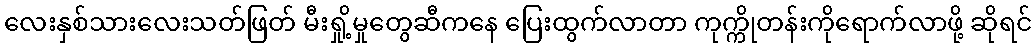
လေးနှစ်သားလေးသတ်ဖြတ် မီးရှို့မှုတွေဆီကနေ ပြေးထွက်လာတာ ကုက္ကိုတန်းကိုရောက်လာဖို့ ဆိုရင်